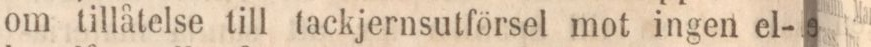
om tillåtelse till tackjernsutförsel mot ingen el-